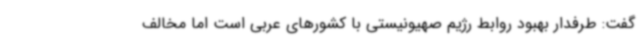
گفت: طرفدار بهبود روابط رژیم صهیونیستی با کشورهای عربی است اما مخالف